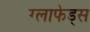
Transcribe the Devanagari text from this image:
ग्लाफेड्स